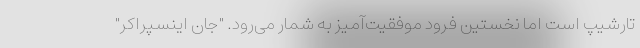
تارشیپ است اما نخستین فرود موفقیت‌آمیز به شمار می‌رود. "جان اینسپراکر"